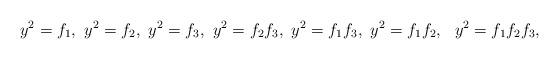
LaTeX: \begin{align*}y^2 = f_1, \ y^2 = f_2, \ y^2 = f_3, \ y^2 = f_2 f_3, \ y^2 = f_1 f_3, \ y^2 = f_1 f_2, \ \ y^2 = f_1 f_2 f_3,\end{align*}